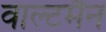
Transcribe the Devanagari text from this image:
वाल्टमैन